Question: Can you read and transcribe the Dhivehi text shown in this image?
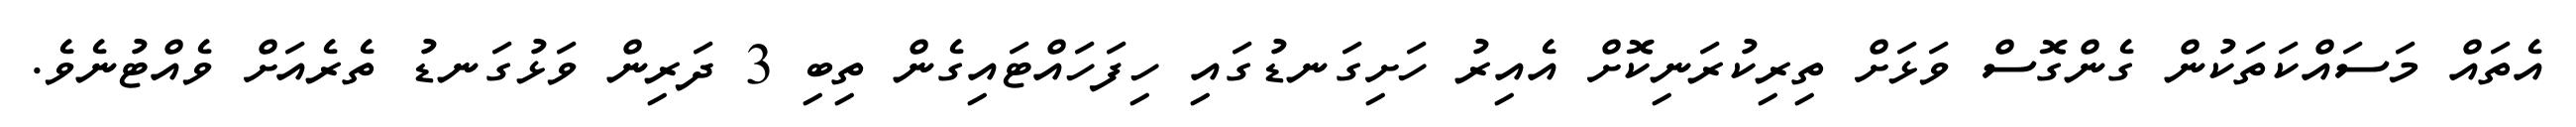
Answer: އެތައް މަސައްކަތަކުން ގެންގޮސް ވަޅަށް ތިރިކުރަނިކޮށް އެއިރު ހަށިގަނޑުގައި ހިފަހައްޓައިގެން ތިބި 3 ދަރިން ވަޅުގަނޑު ތެރެއަށް ވެއްޓުނެވެ.